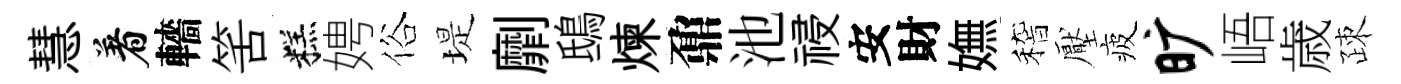
慧着轖筈糕娉俗堤劘鴟煉鼐池祲安財嫵稽壓疲旷峿歳疎